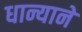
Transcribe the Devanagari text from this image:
धान्याने